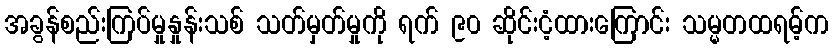
အခွန်စည်းကြပ်မှုနှုန်းသစ် သတ်မှတ်မှုကို ရက် ၉၀ ဆိုင်းငံ့ထားကြောင်း သမ္မတထရမ့်က